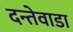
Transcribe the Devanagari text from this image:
दन्तेवाडा